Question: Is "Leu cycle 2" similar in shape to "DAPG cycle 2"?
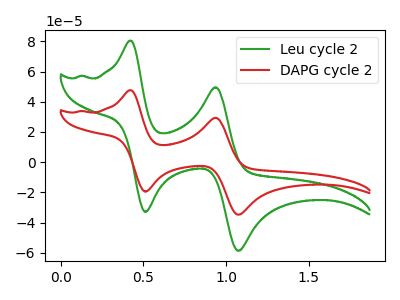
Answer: <think>The green curve "Leu cycle 2" has anodic peaks at (0.45V, 80.45uA) (0.95V, 49.60uA) and cathodic peaks at (0.50V, -32.90uA) (1.05V, -58.65uA). The red curve "DAPG cycle 2" has anodic peaks at (0.45V, 47.65uA) (0.95V, 29.35uA) and cathodic peaks at (0.50V, -19.50uA) (1.05V, -34.75uA).
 All the peaks in "Leu cycle 2" have a peak in "DAPG cycle 2" at the same potential. Every peak in "Leu cycle 2" is higher than every peak in "DAPG cycle 2".</think>
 <answer>"Leu cycle 2" and "DAPG cycle 2" are similar in shape.</answer>
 <eval>same_shape</eval>